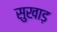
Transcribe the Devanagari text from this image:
सुखाड़